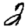
Digit: 2